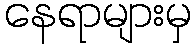
နေရာများမှ